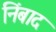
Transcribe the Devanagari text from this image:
निंबाद